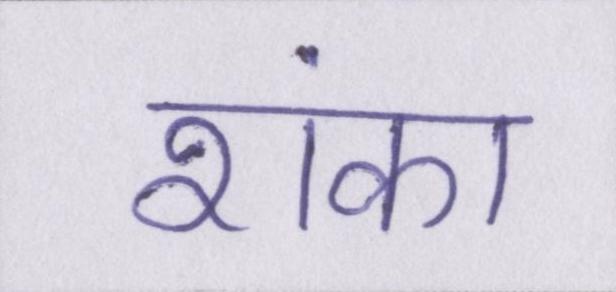
शंका